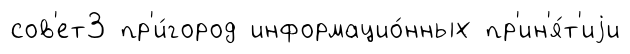
сов'ет3 пр'и́город информацио́нных пр'ин'я́т'иjи